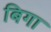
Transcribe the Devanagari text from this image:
बिगा